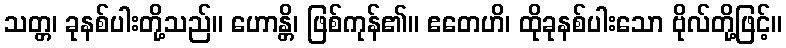
သတ္တ၊ ခုနစ်ပါးတို့သည်။ ဟောန္တိ၊ ဖြစ်ကုန်၏။ ဧတေဟိ၊ ထိုခုနစ်ပါးသော ဗိုလ်တို့ဖြင့်။